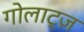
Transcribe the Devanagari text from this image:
गोलाट्ज़